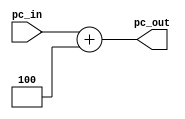
`timescale 1ns / 1ps
//////////////////////////////////////////////////////////////////////////////////
// Company: 
// Engineer: 
// 
// Design Name: 
// Module Name: npc
// Project Name: 
// Target Devices: 
// Tool Versions: 
// Description: 
// 
// Dependencies: 
// 
// Revision:
// Revision 0.01 - File Created
// Additional Comments:
// 
//////////////////////////////////////////////////////////////////////////////////


module npc(
    input [31:0] pc_in,

    output [31:0] pc_out
    );

    assign pc_out = pc_in + 32'd4;
endmodule